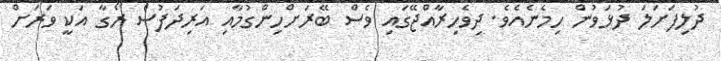
ދުލިފަށަލަ ދުޅަވުން ހިމެނެއެވެ. ދިވެހިރާއްޖޭގައި ވެސް ބޭރަށްހިންގުމާއި އަރިދަފުސް ރޯގާ އަކީ ވަރަށް